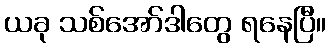
ယခု သစ်အော်ဒါတွေ ရနေပြီ။